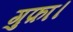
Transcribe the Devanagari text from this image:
गुफ़ा।